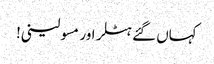
کہاں گئے ہٹلر اور مسولینی!